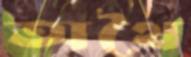
অথৈ